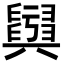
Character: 𦦫